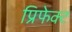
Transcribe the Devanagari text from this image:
प्रिफेक्ट